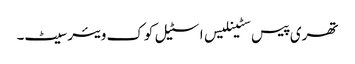
تھری پیس سٹینلیس اسٹیل کوک ویئر سیٹ۔